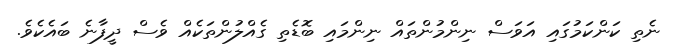
ނެތި ކަންކަމުގައި އަވަސް ނިންމުންތައް ނިންމައި ބޮޑެތި ގެއްލުންތަކެއް ވެސް ދީފާނެ ބައެކެވެ.